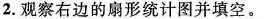
2.观察右边的扇形统计图并填空。